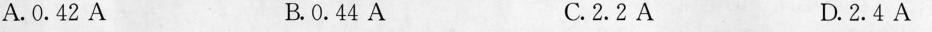
A.0.42A B.0.44A C.2.2A D.2.4A